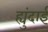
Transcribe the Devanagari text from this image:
ह्युंदाई